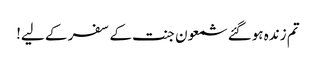
تم زندہ ہوگئے شمعون جنت کے سفر کے لیے!